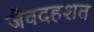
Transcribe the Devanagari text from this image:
जैवदहशत